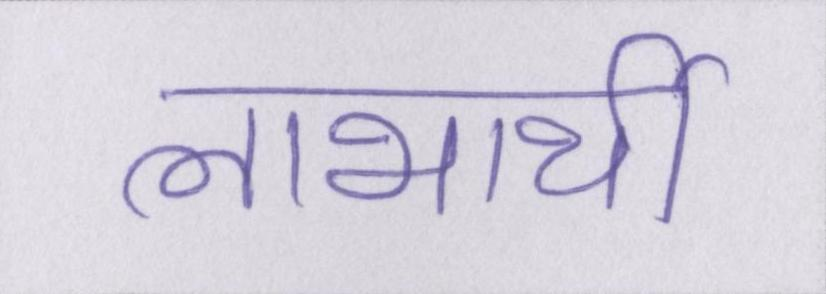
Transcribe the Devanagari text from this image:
लाभार्थी